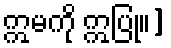
ဣမကို ဣပြု။]